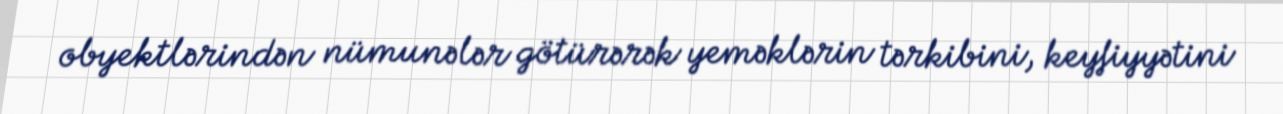
obyektlərindən nümunələr götürərək yeməklərin tərkibini, keyfiyyətini